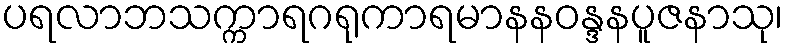
ပရလာဘသက္ကာရဂရုကာရမာနနဝန္ဒနပူဇနာသု၊